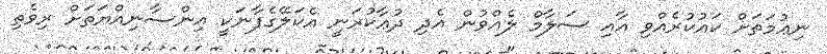
ނިޢުމަތަށް ކައުކުރެއްވި އާއި ސަލާމް ލެއްވުން އެދި ދުޢާކުރަނީ އެކަލޭގެފާނަކީ އިންސާނިއްޔަތަށް ރިވެތި